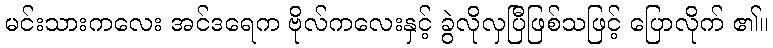
မင်းသားကလေး အင်ဒရေက ဗိုလ်ကလေးနှင့် ခွဲလိုလှပြီဖြစ်သဖြင့် ပြောလိုက် ၏။